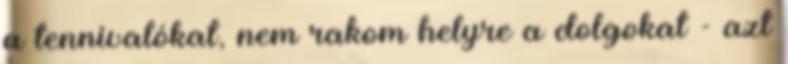
a tennivalókat, nem rakom helyre a dolgokat - azt